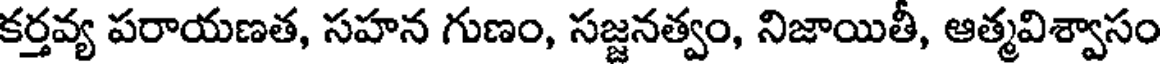
కర్తవ్య పరాయణత, సహన గుణం, సజ్జనత్వం, నిజాయితీ, ఆత్మవిశ్వాసం